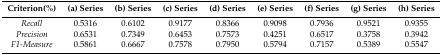
<table><thead><tr><td><b>Criterion(%)</b></td><td><b>(a) Series</b></td><td><b>(b) Series</b></td><td><b>(c) Series</b></td><td><b>(d) Series</b></td><td><b>(e) Series</b></td><td><b>(f) Series</b></td><td><b>(g) Series</b></td><td><b>(h) Series</b></td></tr></thead><tbody><tr><td><i>Recall</i></td><td>0.5316</td><td>0.6102</td><td>0.9177</td><td>0.8366</td><td>0.9098</td><td>0.7936</td><td>0.9521</td><td>0.9355</td></tr><tr><td><i>Precision</i></td><td>0.6531</td><td>0.7349</td><td>0.6453</td><td>0.7573</td><td>0.4251</td><td>0.6517</td><td>0.3758</td><td>0.3942</td></tr><tr><td><i>F1-Measure</i></td><td>0.5861</td><td>0.6667</td><td>0.7578</td><td>0.7950</td><td>0.5794</td><td>0.7157</td><td>0.5389</td><td>0.5547</td></tr></tbody></table>